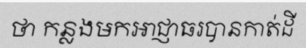
ថា កន្លងមកអាជ្ញាធរបានកាត់ដី